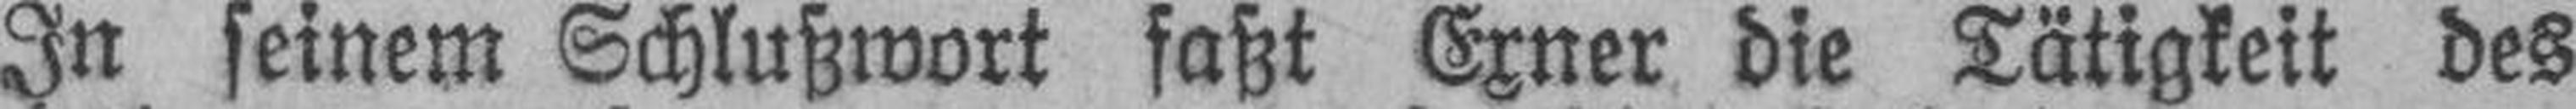
In seinem Schlußwort faßt Exner die Tätigkeit des